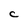
Character: C